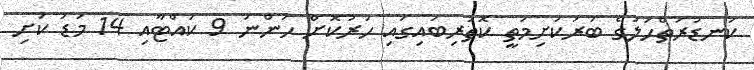
ކަނޑުރަތްހަލުގެ ބުރަކަށިމަތީ ކޮތަރިބައިގައި ހަރުކޮށް ހުންނަ 9 ކައްޓާއި 14 މަޑު ކަށި